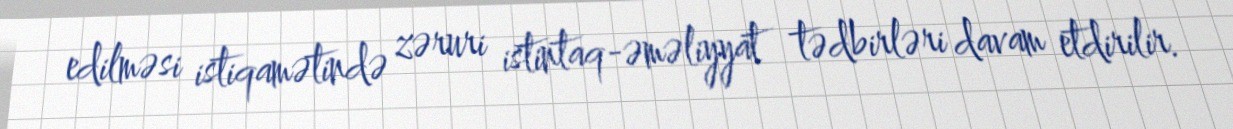
edilməsi istiqamətində zəruri istintaq-əməliyyat tədbirləri davam etdirilir.